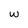
Character: w